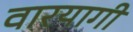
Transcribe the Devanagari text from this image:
वारयागी